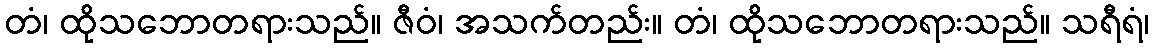
တံ၊ ထိုသဘောတရားသည်။ ဇီဝံ၊ အသက်တည်း။ တံ၊ ထိုသဘောတရားသည်။ သရီရံ၊